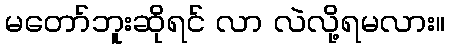
မတော်ဘူးဆိုရင် လာ လဲလို့ရမလား။